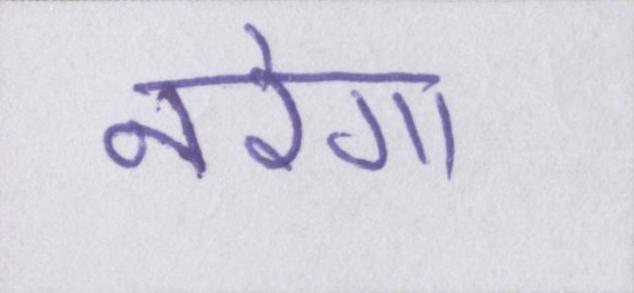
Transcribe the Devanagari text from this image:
नरेगा